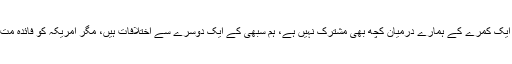
سوائے اس ایک کمرے کے ہمارے درمیان کچھ بھی مشترک نہیں ہے، ہم سبھی کے ایک دوسرے سے اختلافات ہیں، مگر امریکہ کو فائدہ مت اٹھانے دو۔